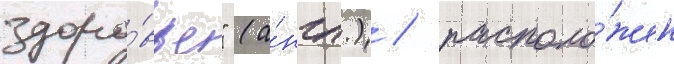
здоро́вье" (а́нгл.) / располо́жен